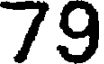
79